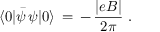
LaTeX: \langle 0 | \bar { \psi } \, \psi | 0 \rangle \, = \, - \, \frac { | e B | } { 2 \pi } \, \, .